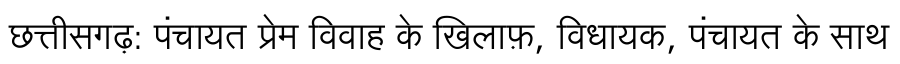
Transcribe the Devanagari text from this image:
छत्तीसगढ़: पंचायत प्रेम विवाह के खिलाफ़, विधायक, पंचायत के साथ